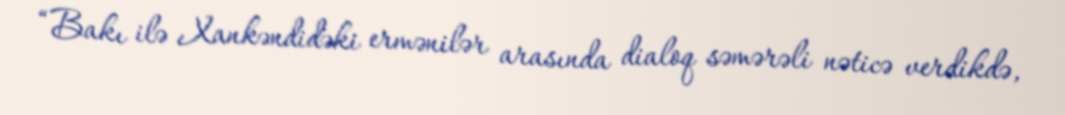
“Bakı ilə Xankəndidəki ermənilər arasında dialoq səmərəli nəticə verdikdə,